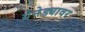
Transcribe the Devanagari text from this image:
ग्रेनेड्यावर